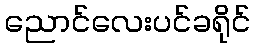
ညောင်လေးပင်ခရိုင်